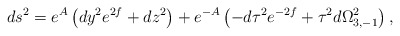
\begin{align*}ds^2 = e^A\left( dy^2 e^{2f} + dz^2\right)+ e^{-A} \left(-d\tau^2 e^{-2f}+ \tau^2 d\Omega_{3,-1}^2 \right) ,\end{align*}